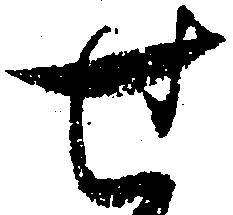
せ